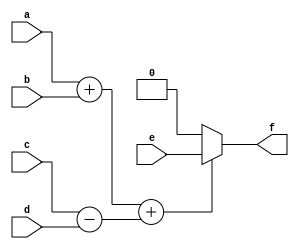
module function_calling (a, b, c, d, e, f);

input a,b,c,d,e;
output wire f;

function my_function;
       input a,b,c,d;	
	begin 
	my_function = ((a+b)+(c-d));
end
endfunction

assign f = (my_function(a,b,c,d)) ? e:0;

endmodule